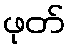
ဖုတ်